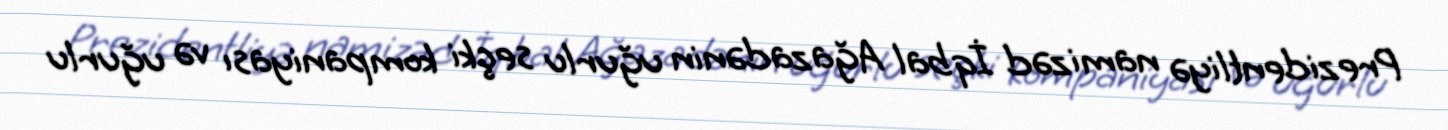
Prezidentliyə namizəd İqbal Ağazadənin uğurlu seçki kompaniyası və uğurlu